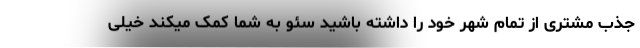
جذب مشتری از تمام شهر خود را داشته باشید سئو به شما کمک میکند خیلی